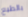
بالطبع